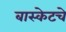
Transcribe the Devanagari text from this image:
बास्केटचे